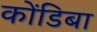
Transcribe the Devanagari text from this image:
कोंडिबा